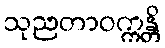
သုညတာဝက္ကန္တိ